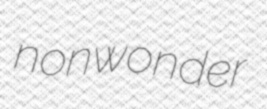
nonwonder